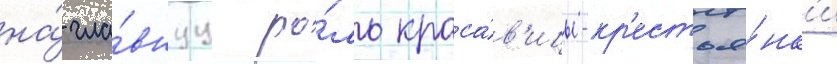
на́ гла́внуу ро́ль краса́в'ицы-кр'естья́нк'и